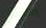
يحسن